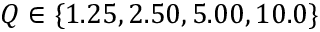
Q \in \{ 1 . 2 5 , 2 . 5 0 , 5 . 0 0 , 1 0 . 0 \}